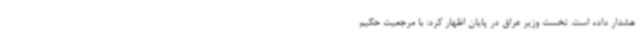
هشدار داده است. نخست وزیر عراق در پایان اظهار کرد: با مرجعیت حکیم